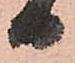
日